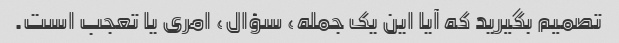
تصمیم بگیرید که آیا این یک جمله، سؤال، امری یا تعجب است.